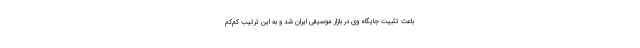
باعث تثبیت جایگاه وی در بازار موسیقی ایران شد و به این ترتیب کم‌کم